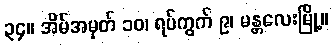
၃၄။ အိမ်အမှတ် ၁၀၊ ရပ်ကွက် ၉၊ မန္တလေးမြို့။